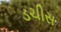
ડચીસ